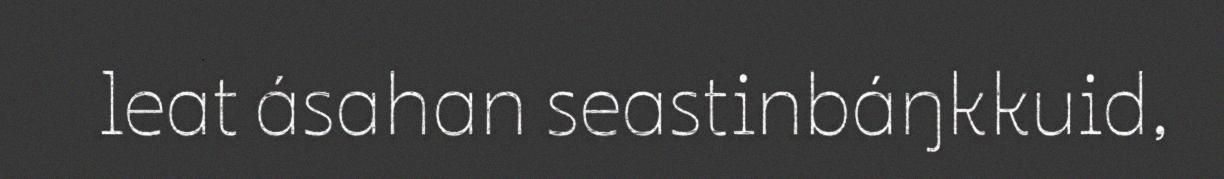
leat ásahan seastinbáŋkkuid,